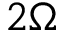
2 \Omega